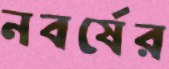
নবর্ষের